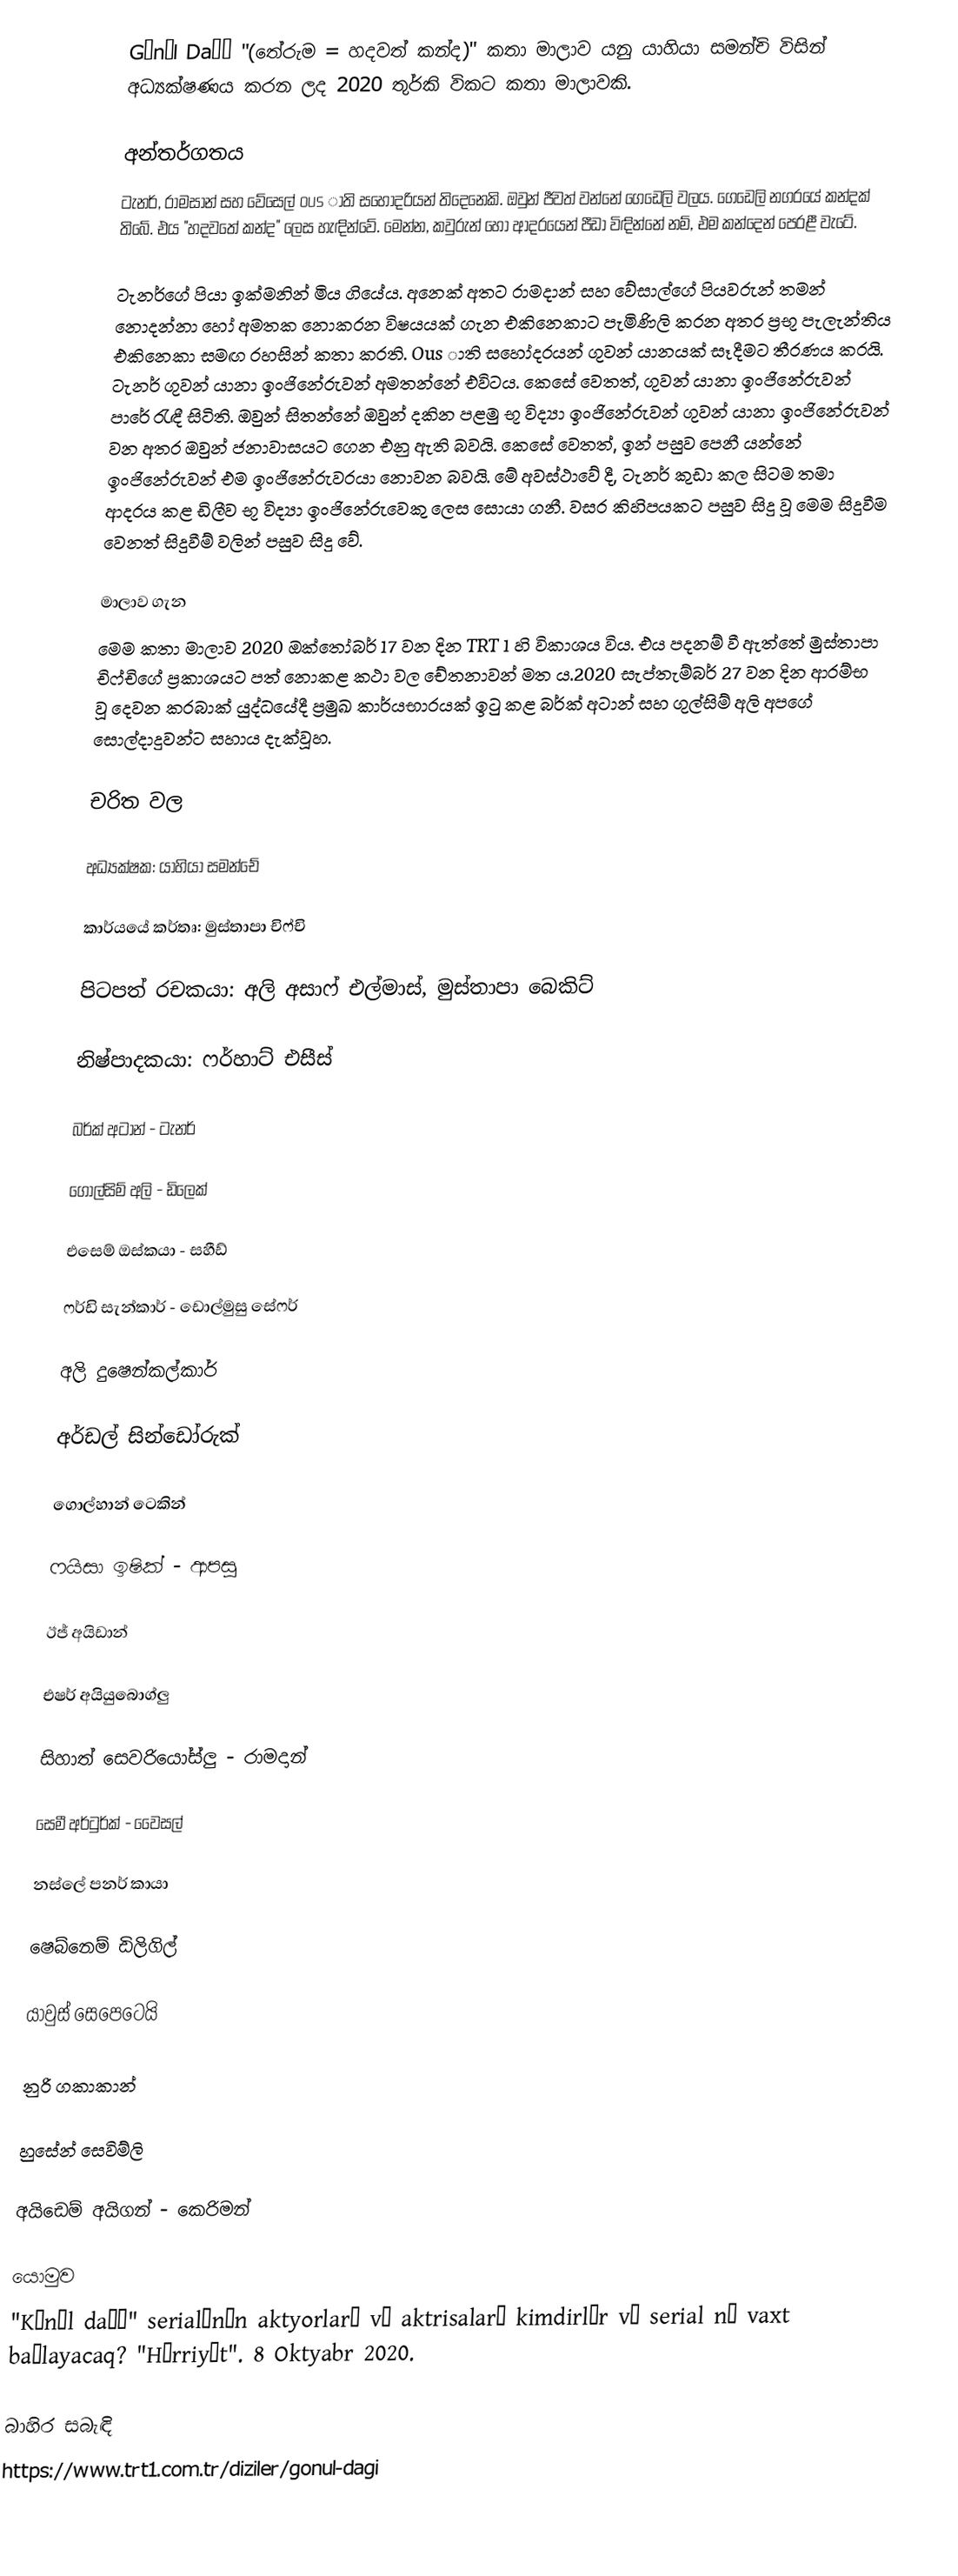
Gönül Dağı "(තේරුම = හදවත් කන්ද)" කතා මාලාව යනු යාහියා සමන්චි විසින් අධ්‍යක්ෂණය කරන ලද 2020 තුර්කි විකට කතා මාලාවකි.

අන්තර්ගතය
ටැනර්, රාමසාන් සහ වේසෙල් ous ාති සහෝදරියන් තිදෙනෙකි. ඔවුන් ජීවත් වන්නේ ගෙඩෙලි වලය. ගෙඩෙලි නගරයේ කන්දක් තිබේ. එය "හදවතේ කන්ද" ලෙස හැඳින්වේ. මෙන්න, කවුරුන් හෝ ආදරයෙන් පීඩා විඳින්නේ නම්, එම කන්දෙන් පෙරළී වැටේ.

ටැනර්ගේ පියා ඉක්මනින් මිය ගියේය. අනෙක් අතට රාමදාන් සහ වේසාල්ගේ පියවරුන් තමන් නොදන්නා හෝ අමතක නොකරන විෂයයක් ගැන එකිනෙකාට පැමිණිලි කරන අතර ප්‍රභූ පැලැන්තිය එකිනෙකා සමඟ රහසින් කතා කරති. Ous ාති සහෝදරයන් ගුවන් යානයක් සෑදීමට තීරණය කරයි. ටැනර් ගුවන් යානා ඉංජිනේරුවන් අමතන්නේ එවිටය. කෙසේ වෙතත්, ගුවන් යානා ඉංජිනේරුවන් පාරේ රැඳී සිටිති. ඔවුන් සිතන්නේ ඔවුන් දකින පළමු භූ විද්‍යා ඉංජිනේරුවන් ගුවන් යානා ඉංජිනේරුවන් වන අතර ඔවුන් ජනාවාසයට ගෙන එනු ඇති බවයි. කෙසේ වෙතත්, ඉන් පසුව පෙනී යන්නේ ඉංජිනේරුවන් එම ඉංජිනේරුවරයා නොවන බවයි. මේ අවස්ථාවේ දී, ටැනර් කුඩා කල සිටම තමා ආදරය කළ ඩිලීව භූ විද්‍යා ඉංජිනේරුවෙකු ලෙස සොයා ගනී. වසර කිහිපයකට පසුව සිදු වූ මෙම සිදුවීම වෙනත් සිදුවීම් වලින් පසුව සිදු වේ.

මාලාව ගැන
මෙම කතා මාලාව 2020 ඔක්තෝබර් 17 වන දින TRT 1 හි විකාශය විය. එය පදනම් වී ඇත්තේ මුස්තාපා චිෆ්චිගේ ප්‍රකාශයට පත් නොකළ කථා වල චේතනාවන් මත ය.2020 සැප්තැම්බර් 27 වන දින ආරම්භ වූ දෙවන කරබාක් යුද්ධයේදී ප්‍රමුඛ කාර්යභාරයක් ඉටු කළ බර්ක් අටාන් සහ ගුල්සිම් අලි අපගේ සොල්දාදුවන්ට සහාය දැක්වූහ.

චරිත වල

අධ්‍යක්ෂක: යාහියා සමන්චේ

කාර්යයේ කර්තෘ: මුස්තාපා චිෆ්චි

පිටපත් රචකයා: අලි අසාෆ් එල්මාස්, මුස්තාපා බෙකිට්

නිෂ්පාදකයා: ෆර්හාට් එසීස්

බර්ක් අටාන් - ටැනර්

ගොල්සිම් අලි - ඩිලෙක්

එසෙම් ඔස්කයා - සහීඩ්

ෆර්ඩි සැන්කාර් - ඩොල්මුසු සේෆර්

අලි දුෂෙන්කල්කාර්

අර්ඩල් සින්ඩෝරුක්

ගොල්හාන් ටෙකින්

ෆයිසා ඉෂික් - ආපසු

ඊජ් අයිඩාන්

එෂර් අයියුබොග්ලු

සිහාත් සෙවරියෝස්ලු - රාමදාන්

සෙමී අර්ටුර්ක් - වෛසල්

නස්ලේ පනර් කායා

ෂෙබ්නෙම් ඩිලිගිල්

යාවුස් සෙපෙටෙයි

නුරි ගකාකාන්

හුසේන් සෙවිම්ලි

අයිඩෙම් අයිගන් - කෙරිමන්

යොමුව
"Könül dağı" serialının aktyorları və aktrisaları kimdirlər və serial nə vaxt başlayacaq? "Hürriyət". 8 Oktyabr 2020.

බාහිර සබැඳි
https://www.trt1.com.tr/diziler/gonul-dagi